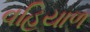
વહિયાળ